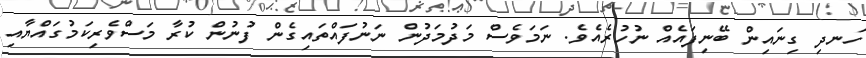
ހަނދި ގިނައިން ބޭނިފައެއް ނުހުރެއެވެ. ނަމަވެސް މަދުމަދުން ނަނުފައްތައިގެން ފުނުން ކުރާ މަސްވެރިކަމުގައްޔާއި